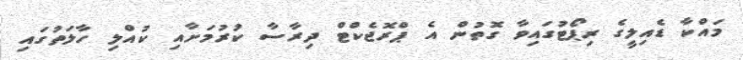
މައްކާ ޑެއިލީގެ ރިޕޯޓުގައިވާ ގޮތުން އެ ޕްރޮޖެކްޓް ދިރާސާ ކުރުމަށާއި ކުއްލި ހާލަތުގައި